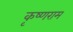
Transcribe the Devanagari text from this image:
कृष्णराम